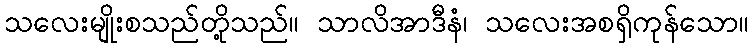
သလေးမျိုးစသည်တို့သည်။ သာလိအာဒီနံ၊ သလေးအစရှိကုန်သော။